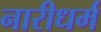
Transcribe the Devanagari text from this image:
नारीधर्म